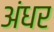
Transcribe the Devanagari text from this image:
अंधर